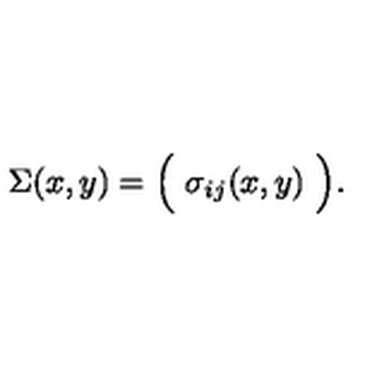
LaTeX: \Sigma ( x , y ) = \Bigl ( \ \sigma _ { i j } ( x , y ) \ \Bigl ) .